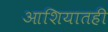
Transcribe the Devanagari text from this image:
आशियातही